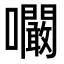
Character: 㘚